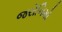
જરોનિમો